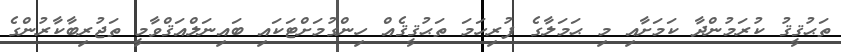
ތަޙުޤީޤު ކުރަމުންދާ ކަމަށާއި މި ޙަމަލާގެ ފުރިހަމަ ތަޙުޤީޤެއް ހިންގުމަށްޓަކައި ބައިނަލްއަޤްވާމީ ތަޖުރިބާކާރުންގެ